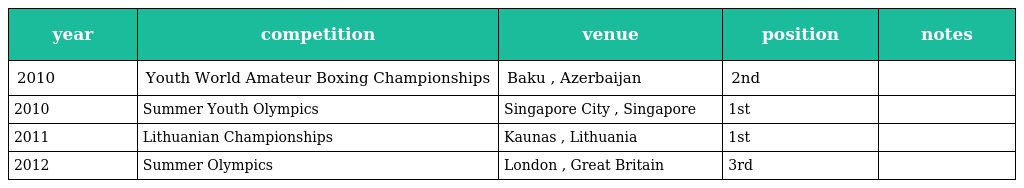
| year | competition | venue | position | notes |
 | --- | --- | --- | --- | --- |
 | 2010 | Youth World Amateur Boxing Championships | Baku , Azerbaijan | 2nd |  |
 | 2010 | Summer Youth Olympics | Singapore City , Singapore | 1st |  |
 | 2011 | Lithuanian Championships | Kaunas , Lithuania | 1st |  |
 | 2012 | Summer Olympics | London , Great Britain | 3rd |  |